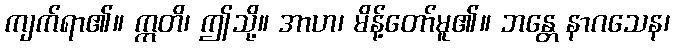
ကျက်ရာ၏။ ဣတိ၊ ဤသို့။ အာဟ၊ မိန့်တော်မူ၏။ ဘန္တေ နာဂသေန၊